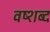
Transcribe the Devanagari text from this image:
वष्शब्द